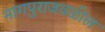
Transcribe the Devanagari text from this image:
नागपुराजवळील